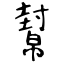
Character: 幫